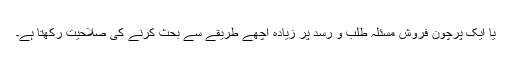
یا ایک پرچون فروش مسئلہ طلب و رسد پر زیادہ اچھے طریقے سے بحث کرنے کی صلاحیت رکھتا ہے۔